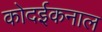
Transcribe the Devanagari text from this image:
कोदईकनाल